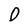
Character: O